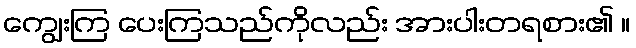
ကျွေးကြ ပေးကြသည်ကိုလည်း အားပါးတရစား၏ ။